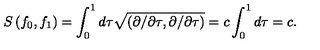
S \left( f _ { 0 } , f _ { 1 } \right) = \int _ { 0 } ^ { 1 } d \tau \sqrt { \left( \partial / \partial \tau , \partial / \partial \tau \right) } = c \int _ { 0 } ^ { 1 } d \tau = c .